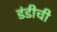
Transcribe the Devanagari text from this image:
डंडीची